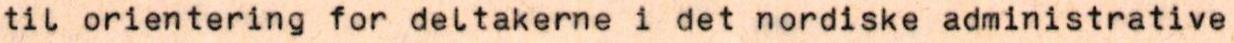
til orientering for deltakerne i det nordiske administrative